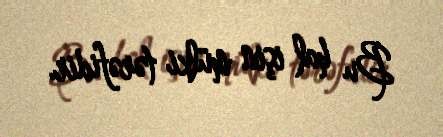
Bu hal işin mülki tərəfidir.